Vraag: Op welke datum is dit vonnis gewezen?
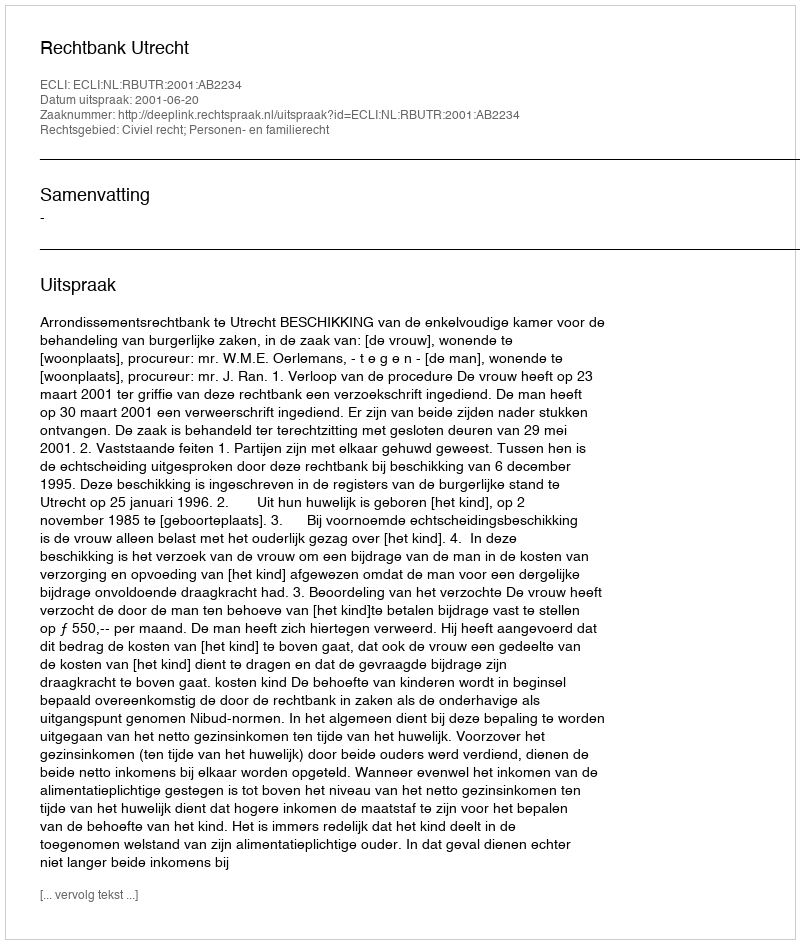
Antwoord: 2001-06-20